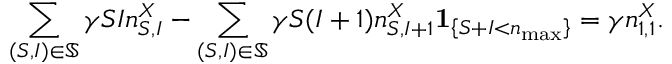
\sum _ { ( S , I ) \in \mathbb { S } } \gamma S I n _ { S , I } ^ { X } - \sum _ { ( S , I ) \in \mathbb { S } } \gamma S ( I + 1 ) n _ { S , I + 1 } ^ { X } \mathbf { 1 } _ { \left\{ S + I < n _ { \operatorname* { m a x } } \right\} } = \gamma n _ { 1 , 1 } ^ { X } .